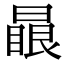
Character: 𣊕